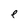
Character: e